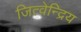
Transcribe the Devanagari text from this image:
जित्वेन्द्रिय